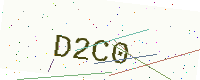
Text: D2C0